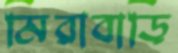
মিরাবাড়ি